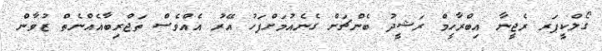
ގޯލްކީޕަރ ރެޖީނާ އިބްރާހީމް ރަޝީދު ބެންޗަށް ގެނެއުމަށްފަހު އޭރު އެއްވެސް ތަޖްރިބާއެއްނެތް ޒުވާން